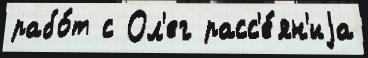
рабо́т с Ол'ег расс'е́ян'иjа